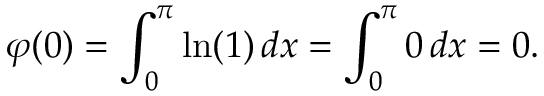
\varphi ( 0 ) = \int _ { 0 } ^ { \pi } \ln ( 1 ) \, d x = \int _ { 0 } ^ { \pi } 0 \, d x = 0 .